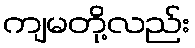
ကျမတို့လည်း